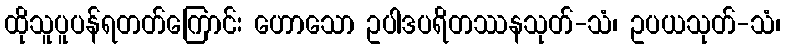
ထိုသူပူပန်ရတတ်ကြောင်း ဟောသော ဥပါဒပရိတဿနသုတ်-သံ၊ ဥပယသုတ်-သံ၊